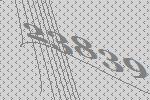
23839